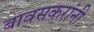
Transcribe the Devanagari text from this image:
बावसकरांनी